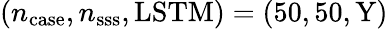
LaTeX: (n_{\mathrm{case}},n_{\mathrm{sss}},\mathrm{{LSTM})=(50,50,Y)}